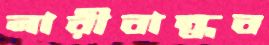
নারীবান্ধব